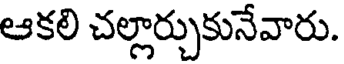
ఆకలి చల్లార్చుకునేవారు.